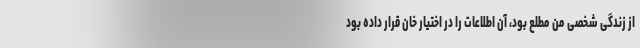
از زندگی شخصی من مطلع بود، آن اطلاعات را در اختیار خان قرار داده بود